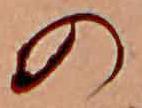
の